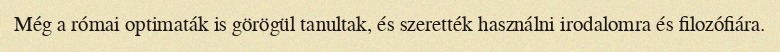
Még a római optimaták is görögül tanultak, és szerették használni irodalomra és filozófiára.